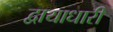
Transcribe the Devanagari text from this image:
द्वायाधारी